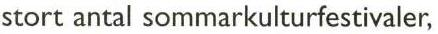
stort antal sommarkulturfestivaler,